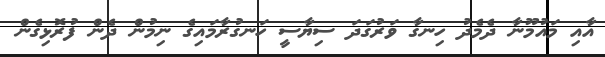
އާއި މައުމޫނާ ދެމެދު ހިނގާ ވަރުގަދަ ސިޔާސީ ހަނގުރާމައިގެ ނިމުން ދެން ފުރޮޅިގެން